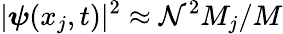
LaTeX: |\boldsymbol{\psi}(x_{j},t)|^{2}\approx\mathcal{N}^{2}M_{j}/M